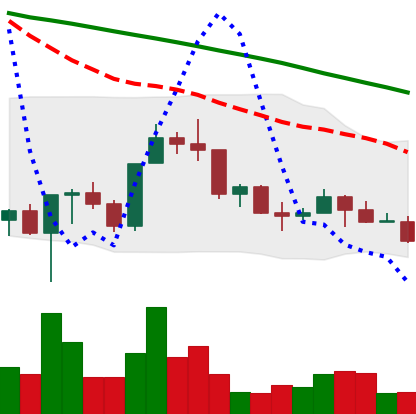
Ticker: NEO-USD
Chart end date: 2022-03-13
Forward return: 10.359%
Label: up_7plus